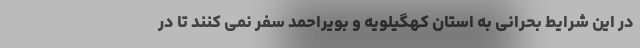
در این شرایط بحرانی به استان کهگیلویه و بویراحمد سفر نمی کنند تا در